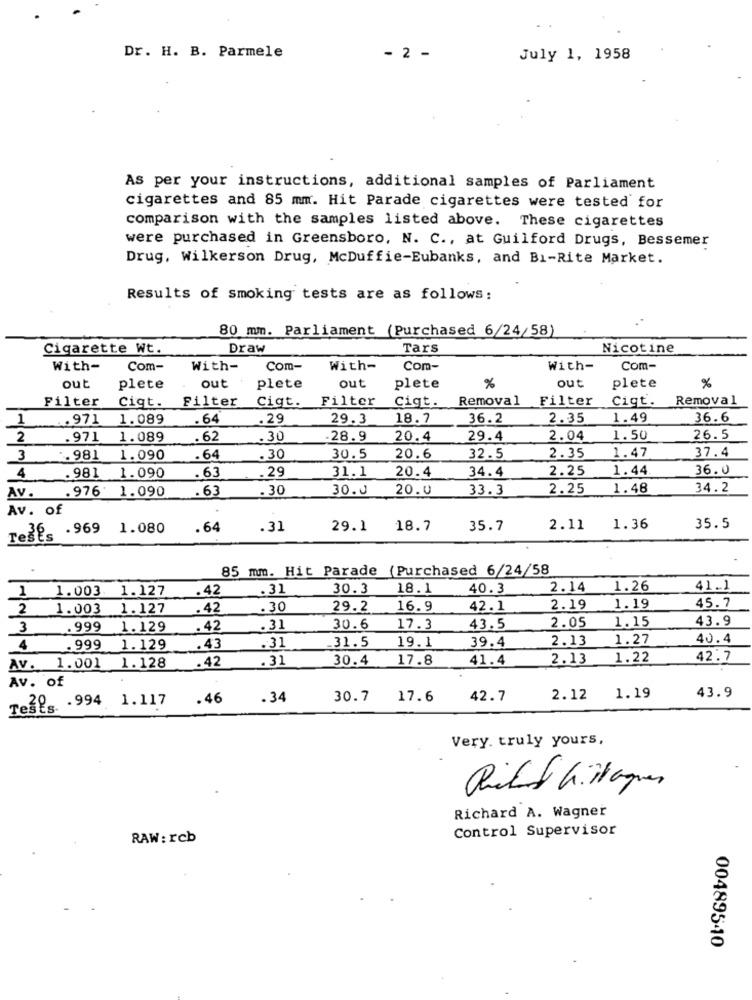
Dr. H. B. Parmele
- 2 -
July 1, 1958
As per your instructions, additional samples of Parliament
cigarettes and 85 mm. Hit Parade cigarettes were tested for
comparison with the samples listed above. These cigarettes
were purchased in Greensboro, N. C ., at Guilford Drugs, Bessemer
Drug, Wilkerson Drug, McDuffie-Eubanks, and Bi-Rite Market.
Results of smoking tests are as follows:
80 mm. Parliament (Purchased 6/24/58)
Cigarette Wt.
Draw
Tars
Nicotine
With-
Com-
With-
Com-
With-
Com-
With-
Com-
out
out
out
plete
out
plete
plete
plete
%
%
Filter
Filter Cigt. Filter
Cigt.
Removal
Filter Cigt. Removal
Cigt.
1
.. 971
1.089
.64
.29
29.3
18.7
36.2
2.35
1.49
36.6
2
.971
1.089
.62
.30
28.9
20.4
29.4
2.04
1.50
26.5
1.47
37.4
3
. 981
1.090
.64
.30
30.5
20.6
32.5
2.35
.981
1.090
.63
20.4
34.4
2.25
1.44
36.0
4
.29
31.1
Av.
.976 1.090
.63
.30
30.0
20.0
33.3
2.25
1.48
34.2
Av. of
Tests . 969
1.080
.64
.31
29.1
18.7
35.7
2.11
1.36
35.5
85 mm. Hit Parade (Purchased 6/24/58
1 1.003 1.127
.42
.31
30.3
18.1
40.3
2.14
1.26
41.1
45.7
2 1.003 1.127
.42
. 30
29.2
16.9
42.1
2.19
1.19
1.15
43.9
3
_. 999 1.129
. 42
.31
30.6
17.3
43.5
2.05
.31.5
19.1
39.4
2.13
1.27
40.4
4 .999
1.129
.43
.31
.42
. 31
30.4
17.8
41.4
2.13
1.22
42.7
Av. 1.001 1.128
Av. of
Tesig. . 994 1.117
.46
.34
30.7
17.6
42.7
2.12
1.19
43.9
Very. truly yours,
Ridd hittaques
Richard A. Wagner
Control Supervisor
RAW: rcb
00489540